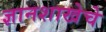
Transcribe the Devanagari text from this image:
ज्ञानशाखेचे